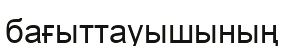
бағыттауышының